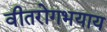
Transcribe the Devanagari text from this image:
वीतरोगभयाय